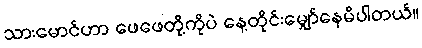
သားမောင်ဟာ ဖေဖေတို့ကိုပဲ နေ့တိုင်းမျှော်နေမိပါတယ်။